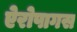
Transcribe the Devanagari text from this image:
ऐरोपागस